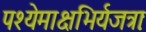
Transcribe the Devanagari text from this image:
पश्येमाक्षभिर्यजत्राः